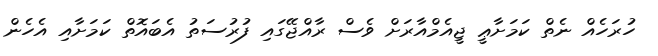
ހުރަހެއް ނެތް ކަމަށާޢީ ޖީއެމްއާރަށް ވެސް ރާއްޖޭގައި ފުރުސަތު އެބައޮތް ކަމަށާއި އެހެން